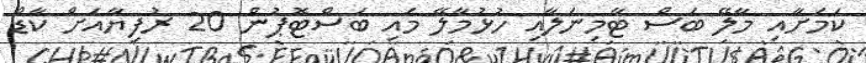
ކަމަށާއި މާލޭ ބަސް ޓާމިނަލާއި ހުޅުމާލޭ މައި ބަސްޓޮޕުން 20 ރުފިޔާއަށް ކާޑް